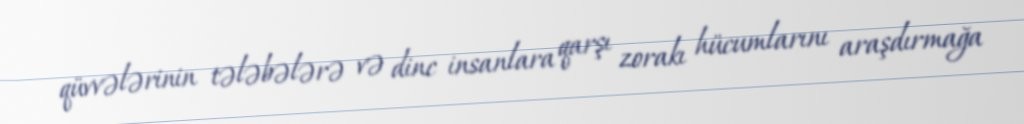
qüvvələrinin tələbələrə və dinc insanlara qarşı zorakı hücumlarını araşdırmağa